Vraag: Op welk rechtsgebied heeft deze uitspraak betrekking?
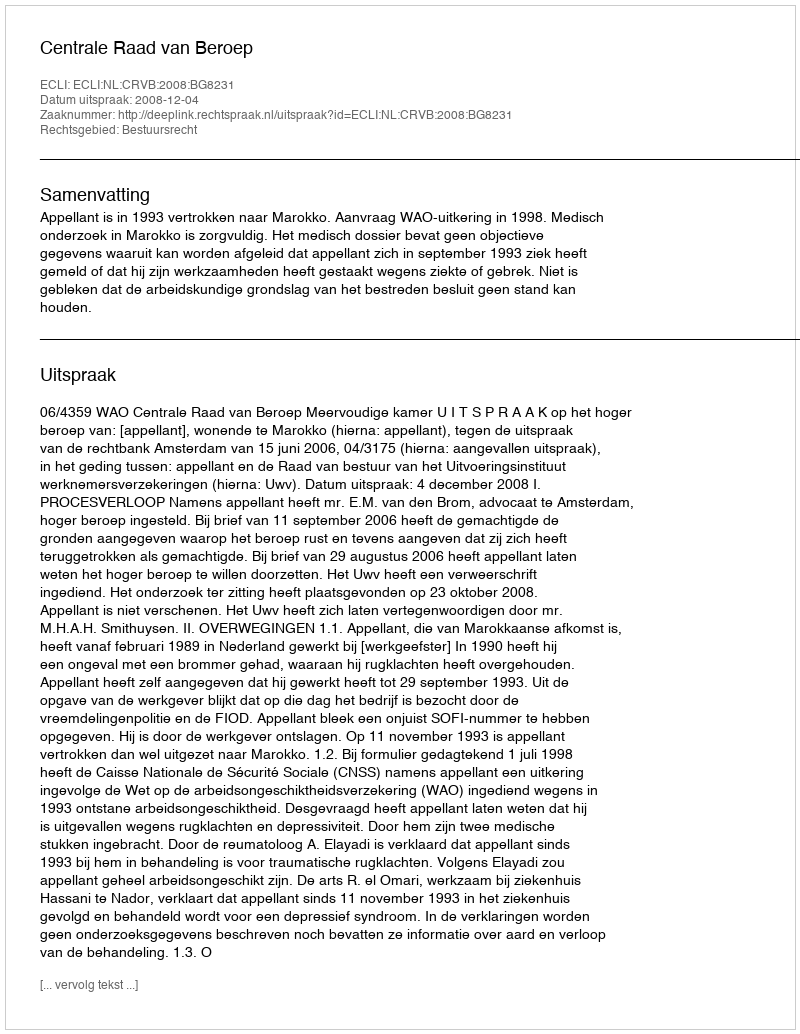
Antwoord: Bestuursrecht